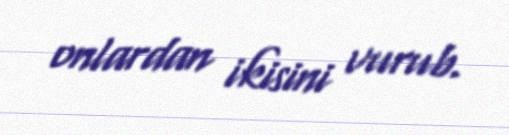
onlardan ikisini vurub.